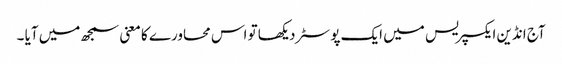
آج انڈین ایکسپریس میں ایک پوسٹر دیکھا تو اس محاورے کا معنی سمجھ میں آیا ۔